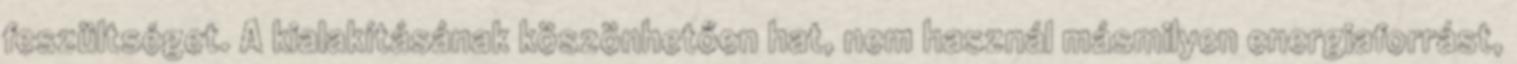
feszültséget. A kialakításának köszönhetően hat, nem használ másmilyen energiaforrást,